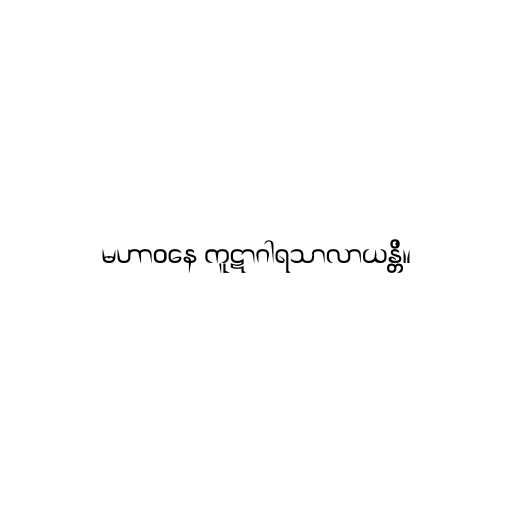
မဟာဝနေ ကူဋာဂါရသာလာယန္တိ။